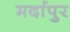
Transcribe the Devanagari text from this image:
मर्दापुर